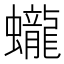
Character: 蠬